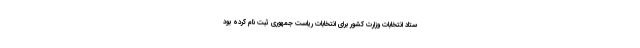
ستاد انتخابات وزارت کشور برای انتخابات ریاست جمهوری ثبت نام کرده بود